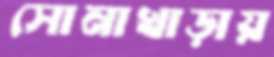
সোনাখাড়ায়